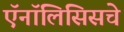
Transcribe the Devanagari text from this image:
ऍनॉलिसिसचे